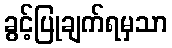
ခွင့်ပြုချက်ရမှသာ